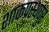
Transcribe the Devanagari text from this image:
शाकप्रस्थपुर